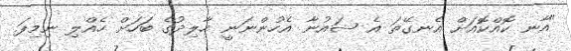
"އާނ ކޮއްކޮއަށް އެނގޭތަ އެ ޝައުނާ އެހުންނަނީ ހާލިދުގެ ބަހަށް ހެއްލި ނިމިފަ.